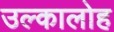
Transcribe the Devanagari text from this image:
उल्कालोह